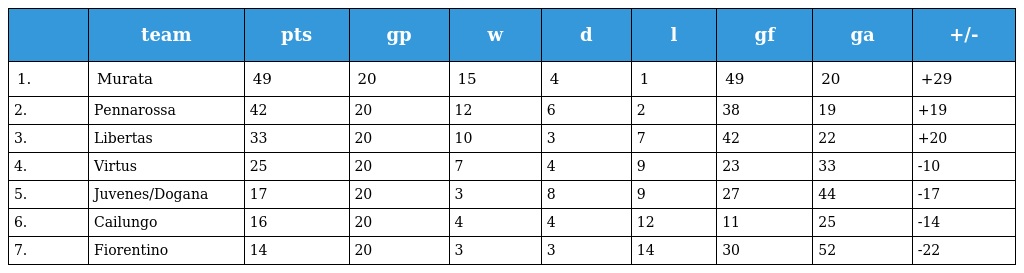
|  | team | pts | gp | w | d | l | gf | ga | +/- |
 | --- | --- | --- | --- | --- | --- | --- | --- | --- | --- |
 | 1. | Murata | 49 | 20 | 15 | 4 | 1 | 49 | 20 | +29 |
 | 2. | Pennarossa | 42 | 20 | 12 | 6 | 2 | 38 | 19 | +19 |
 | 3. | Libertas | 33 | 20 | 10 | 3 | 7 | 42 | 22 | +20 |
 | 4. | Virtus | 25 | 20 | 7 | 4 | 9 | 23 | 33 | -10 |
 | 5. | Juvenes/Dogana | 17 | 20 | 3 | 8 | 9 | 27 | 44 | -17 |
 | 6. | Cailungo | 16 | 20 | 4 | 4 | 12 | 11 | 25 | -14 |
 | 7. | Fiorentino | 14 | 20 | 3 | 3 | 14 | 30 | 52 | -22 |